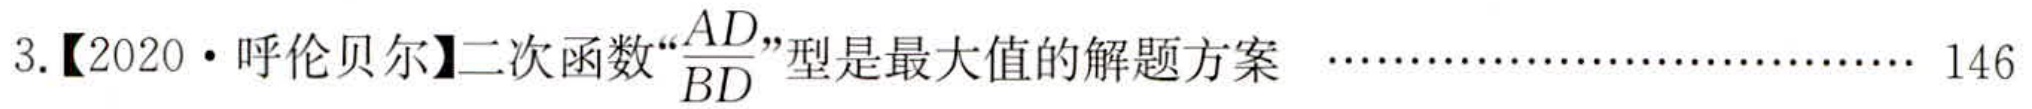
3.【2020·呼伦贝尔】二次函数“\(\frac{AD}{BD}\)”型是最大值的解题方案 …………………………… 146